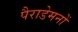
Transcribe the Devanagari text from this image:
पैराडेमनों